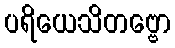
ပရိယေသိတဗ္ဗော